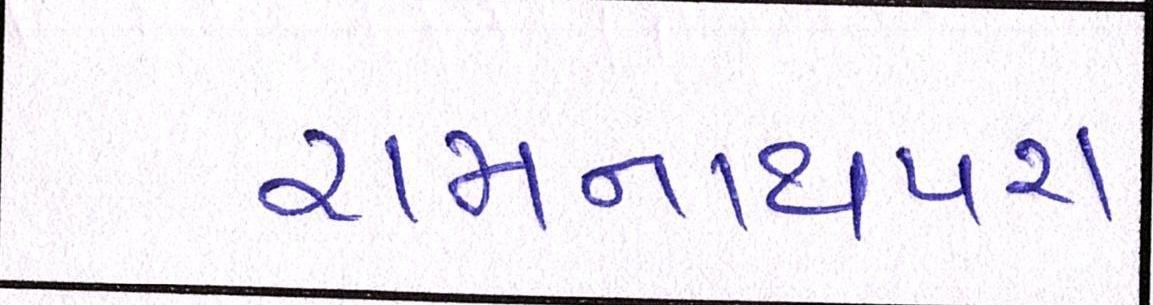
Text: રામનાથપરા